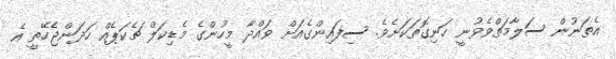
އެތަނުން ސަލާމަތްވެވުނީ ހަނިގޮތަކަށެވެ. ސިފައިންގެއަށް ވައްދާ މީހުންގެ މެޑިކަލް ޗެކަޕެއް ހަދަންޖެހޭތީ އެ